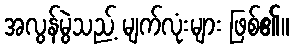
အလွန်မွဲသည့် မျက်လုံးများ ဖြစ်၏။